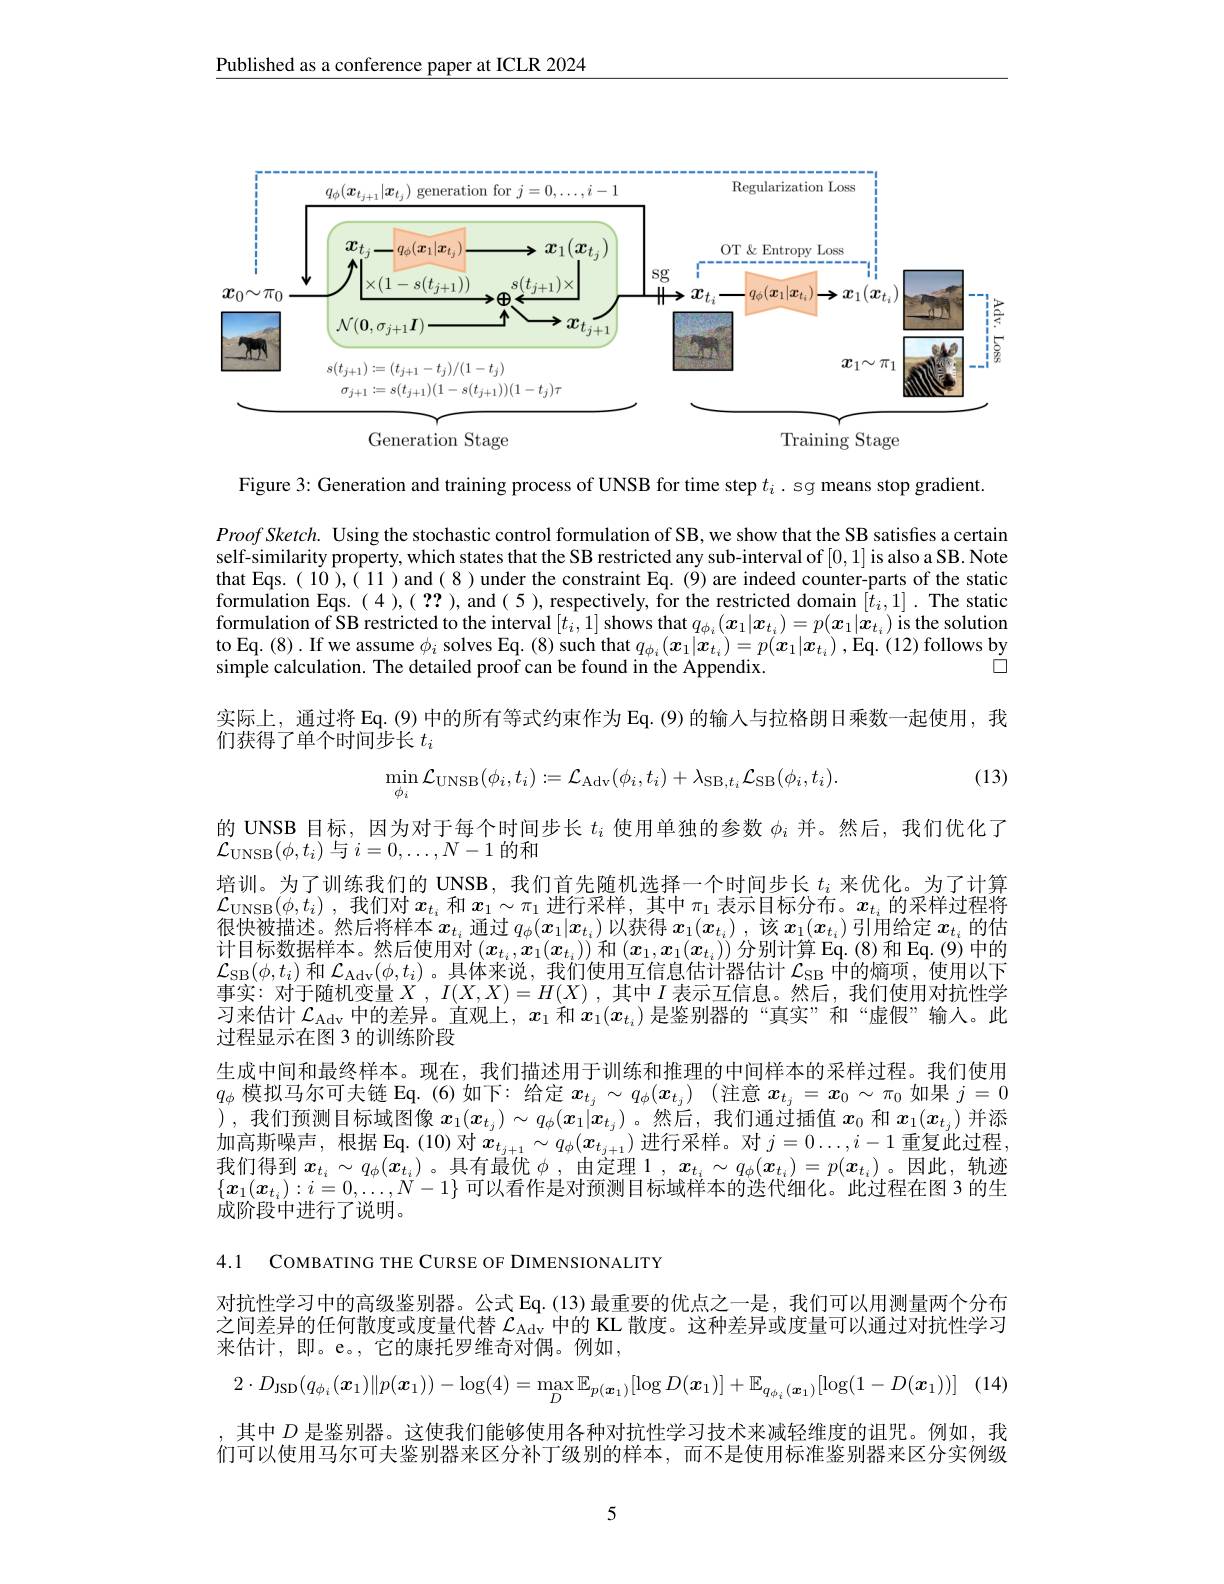
$\underline{\text{Published as a conference paper at ICLR 2024}}$

<FigureHere>

Figure 3: Generation and training process of UNSB for time step $t_i$ . sg means stop gradient.

$ProofSketch.$ Using the stochastic control formulation of SB, we show that the SB satisfies a certain self-similarity property, which states that the SB restricted any sub-interval of [0,1] is also a SB. Note that Eqs.( 10),( 11 ) and( 8 ) under the constraint Eq.(9) are indeed counter-parts of the static formulation Eqs. $(4),(\begin{array}{c}??\end{array})$,and(5),respectively, for the restricted domain $[t_i,1].$ The static formulation of SB restricted to the interval $[t_i,1]$ shows that $q_{\phi_i}(x_1|x_{t_i})=p(x_1|x_{t_i})$ is the solution to Eq. (8). If we assume $\phi_i$ solves Eq. (8) such that $q_\phi_i(\boldsymbol{x}_1|\boldsymbol{x}_{t_i})=p(\boldsymbol{x}_1|\boldsymbol{x}_{t_i})$ , Eq. (12) follows by
$\square$
simple calculation. The detailed proof can be found in the Appendix.
实际上，通过将 Eq.(9) 中的所有等式约束作为 Eq. (9) 的输人与拉格朗日乘数一起使用，我
们获得了单个时间步长$t_i$
$$\min_{\phi_i}\mathcal{L}_{\mathrm{UNSB}}(\phi_i,t_i):=\mathcal{L}_{\mathrm{Adv}}(\phi_i,t_i)+\lambda_{\mathrm{SB},t_i}\mathcal{L}_{\mathrm{SB}}(\phi_i,t_i).$$
(13)

的 UNSB 目标，因为对于每个时间步长$t_i$使用单独的参数$\phi_i$并。然后，我们优化了
$\mathcal{L}_{\mathrm{UNSB}}(\phi,t_i)$与$i=0,\ldots,N-1$的和
培训。为了训练我们的 UNSB, 我们首先随机选择一个时间步长$t_i$来优化。为了计算$\mathcal{L} _{\mathrm{UNSB}}( \phi , t_i)$ ,我们对$x_t_i$和$x_1\sim\pi_1$进行采样，其中$\pi_1$表示目标分布。$x_t_i$的采样过程将很快被描述。然后将样本$x_t_i$通过$q_\phi(x_1|x_{t_i})$以获得$x_1(x_{t_i})$ ,该$x_1(x_{t_i})$引用给定$x_t_i$的估计目标数据样本。然后使用对$(x_t_i,x_1(x_{t_i}))$和$(x_1,x_1(x_{t_i}))$分别计算 Eq.(8)和 Eq.(9)中的$\mathcal{L}_{\mathrm{SB}}(\phi,t_i)$和$\mathcal{L}_\mathrm{Adv}(\phi,t_i)$。具体来说，我们使用互信息估计器估计$\mathcal{L}_\mathrm{SB}$中的熵项，使用以下事实：对于随机变量$X,I(X,X)=H(X)$,其中$I$表示互信息。然后，我们使用对抗性学习来估计$\mathcal{L}_\mathrm{Adv}$中的差异。直观上，$x_1$和$x_1(x_{t_i})$是鉴别器的“真实”和“虚假”输入。此过程显示在图 3 的训练阶段
生成中间和最终样本。现在，我们描述用于训练和推理的中间样本的采样过程。我们使用$q_\phi$模拟马尔可夫链 Eq.(6)如下：给定$x_t_j\sim q_\phi(x_{t_j})$ (注意$x_t_j=x_0\sim\pi_0$如果$j=0$ ),我们预测目标域图像$\boldsymbol{x}_1(\boldsymbol{x}_{t_j})\sim q_\phi(\boldsymbol{x}_1|\boldsymbol{x}_{t_j})$ 。然后，我们通过插值$x_0$和$\boldsymbol{x}_1(x_{t_j})$并添加高斯噪声，根据 Eq.(10)对$x_t_{j+1}\sim q_\phi(x_{t_{j+1}})$进行采样。对$j=0\ldots,i-1$重复此过程， 我们得到$x_t_i\sim q_\phi(x_{t_i})$ 。具有最优$\phi$,由定理$1,x_t_i\sim q_\phi(x_{t_i})=p(x_{t_i})$ 。因此，轨迹$\{x_1(x_{t_i}):i=0,\ldots,N-1\}$可以看作是对预测目标域样本的迷代细化。此过程在图 3 的生成阶段中进行了说明。

4.1 COMBATING THE CURSE OF DIMENSIONALITY

对抗性学习中的高级鉴别器。公式 Eq.(13)最重要的优点之一是，我们可以用测量两个分布之间差异的任何散度或度量代替$\mathcal{L}_\mathrm{Adv}$中的 KL 散度。这种差异或度量可以通过对抗性学习来估计，即。e。,它的康托罗维奇对偶。例如，
$$2\cdot D_{\mathrm{JSD}}(q_{\phi_{i}}(\boldsymbol{x}_{1})\|p(\boldsymbol{x}_{1}))-\log(4)=\max_{D}\mathbb{E}_{p(\boldsymbol{x}_{1})}[\log D(\boldsymbol{x}_{1})]+\mathbb{E}_{q_{\phi_{i}}(\boldsymbol{x}_{1})}[\log(1-D(\boldsymbol{x}_{1}))]$$
其中$D$是鉴别器。这使我们能够使用各种对抗性学习技术来减轻维度的诅咒。例如，我们可以使用马尔可夫鉴别器来区分补丁级别的样本，而不是使用标准鉴别器来区分实例级

5